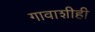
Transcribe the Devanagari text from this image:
गावाशीही